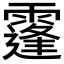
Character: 𩅛